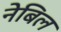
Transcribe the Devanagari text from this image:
नेबिल